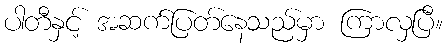
ပါတီနှင့် အဆက်ပြတ်နေသည်မှာ ကြာလှပြီ။